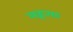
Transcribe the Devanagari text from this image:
सङ्गत्याः